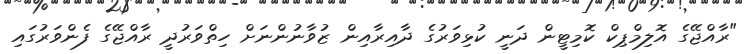
"ރާއްޖޭގެ އޮލިމްޕިކް ކޮމިޓީން ދަނީ ކުޅިވަރުގެ ދާއިރާއިން ޒުވާނުންނަށް ހިތްވަރުދީ ރާއްޖޭގެ ފެންވަރުގައި